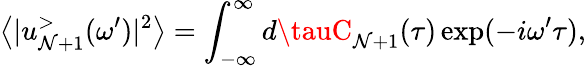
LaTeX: \left\langle|u_{\mathcal{N}+1}^{>}(\omega^{\prime})|^{2}\right\rangle=\int_{-\infty}^{\infty}d\tauC_{\mathcal{N}+1}(\tau)\exp(-i\omega^{\prime}\tau),